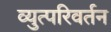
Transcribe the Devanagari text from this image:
व्युत्परिवर्तन